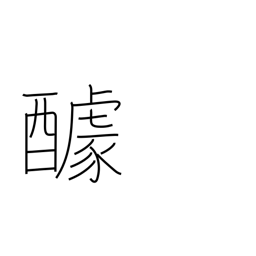
Meaning: contribution for a feast (potluck)